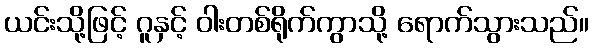
ယင်းသို့ဖြင့် ဂူနှင့် ဝါးတစ်ရိုက်ကွာသို့ ရောက်သွားသည်။